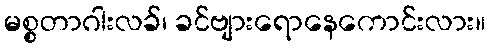
မစ္စတာဂါးလခ်၊ ခင်ဗျားရောနေကောင်းလား။